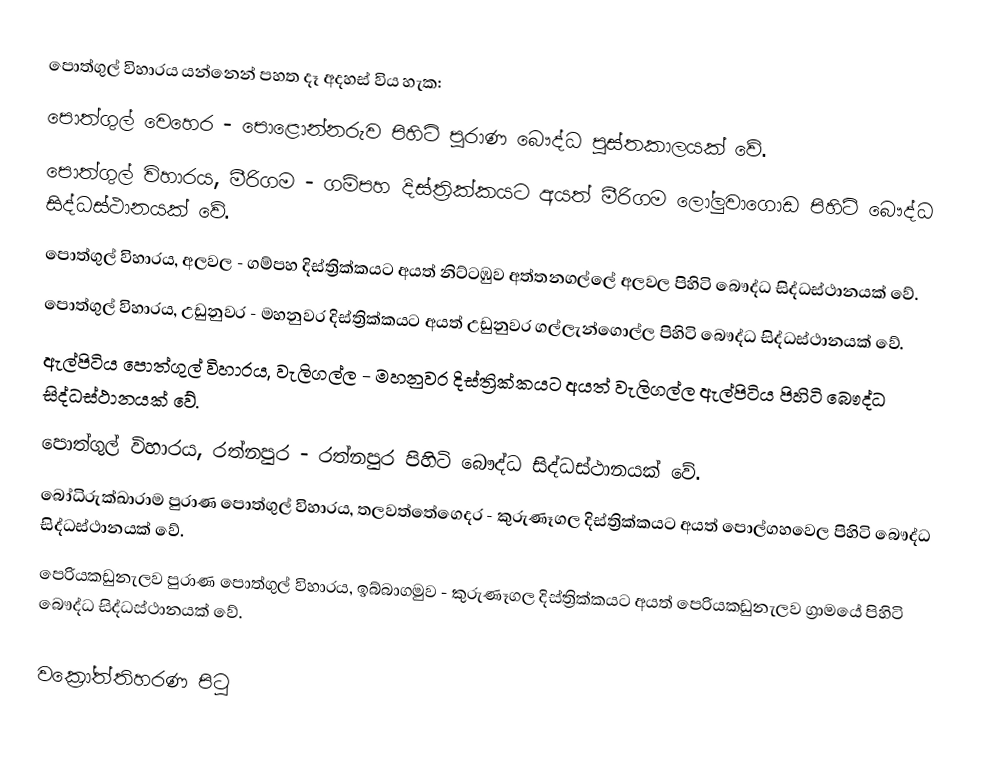
පොත්ගුල් විහාරය යන්නෙන් පහත දෑ අදහස් විය හැක:
 පොත්ගුල් වෙහෙර - පොළොන්නරුව පිහිටි පුරාණ බෞද්ධ පුස්තකාලයක් වේ.
 පොත්ගුල් විහාරය, මීරිගම - ගම්පහ දිස්ත්‍රික්කයට අයත් මීරිගම ලෝලුවාගොඩ පිහිටි බෞද්ධ සිද්ධස්ථානයක් වේ.
 පොත්ගුල් විහාරය, අලවල - ගම්පහ දිස්ත්‍රික්කයට අයත් නිට්ටඹුව අත්තනගල්ලේ අලවල පිහිටි බෞද්ධ සිද්ධස්ථානයක් වේ.
 පොත්ගුල් විහාරය, උඩුනුවර - මහනුවර දිස්ත්‍රික්කයට අයත් උඩුනුවර ගල්ලැන්ගොල්ල පිහිටි බෞද්ධ සිද්ධස්ථානයක් වේ.
 ඇල්පිටිය පොත්ගුල් විහාරය, වැලිගල්ල - මහනුවර දිස්ත්‍රික්කයට අයත් වැලිගල්ල ඇල්පිටිය පිහිටි බෞද්ධ සිද්ධස්ථානයක් වේ.
 පොත්ගුල් විහාරය, රත්නපුර - රත්නපුර පිහිටි බෞද්ධ සිද්ධස්ථානයක් වේ.
 බෝධිරුක්ඛාරාම පුරාණ පොත්ගුල් විහාරය, තලවත්තේගෙදර - කුරුණෑගල දිස්ත්‍රික්කයට අයත් පොල්ගහවෙල පිහිටි බෞද්ධ සිද්ධස්ථානයක් වේ.
 පෙරියකඩුනැලව පුරාණ පොත්ගුල් විහාරය, ඉබ්බාගමුව - කුරුණෑගල දිස්ත්‍රික්කයට අයත් පෙරියකඩුනැලව ග්‍රාමයේ පිහිටි බෞද්ධ සිද්ධස්ථානයක් වේ.

වක්‍රෝත්තිහරණ පිටු